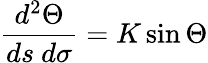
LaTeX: {\frac{d^{2}\Theta}{ds\ d\sigma}}=K\sin\Theta